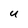
Character: U